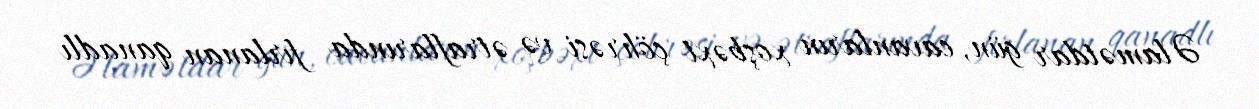
Əlamətdar gün, cavanların xoşbəxt çöhrəsi və ətraflarında fırlanan qanadlı